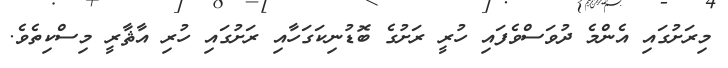
މިރަށުގައި އެންމެ ދުވަސްވެފައި ހުރީ ރަށުގެ ބޮޑުނިކަގަހާއި ރަށުގައި ހުރި އާޘާރީ މިސްކިތެވެ.